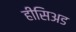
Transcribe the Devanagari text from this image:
हीसिअड